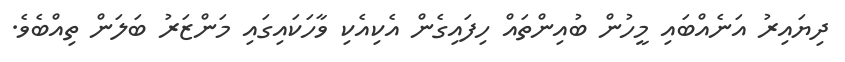
ދިޔައިރު އަނެއްބައި މީހުން ބުއިންތައް ހިފައިގެން އެކިއެކި ވާހަކައިގައި މަންޒަރު ބަލަން ތިއްބެވެ.